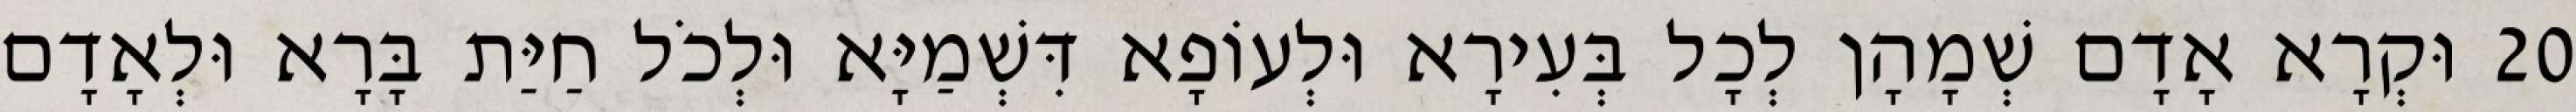
20 וּקְרָא אָדָם שְׁמָהָן לְכָל בְּעִירָא וּלְעוֹפָא דִּשְׁמַיָּא וּלְכֹל חַיַּת בָּרָא וּלְאָדָם